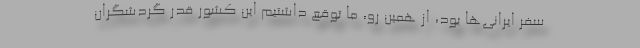
سفر ایرانی‌ها بود، از همین رو، ما توقع داشتیم این کشور قدر گردشگران